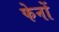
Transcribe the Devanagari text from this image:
फेनों